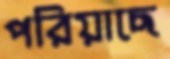
পরিয়াছে